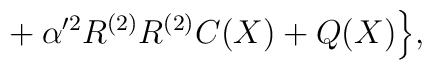
{}+  \alpha'^2 R^{(2)} R^{(2)} C(X) + Q(X)\Bigr\},